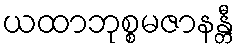
ယထာဘုစ္စမဇာနန္တီ